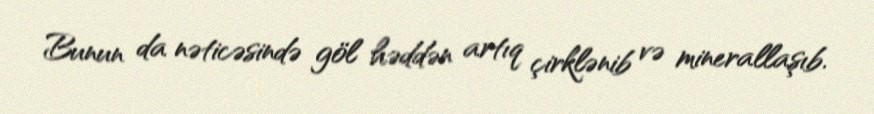
Bunun da nəticəsində göl həddən artıq çirklənib və minerallaşıb.